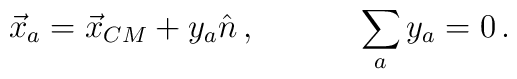
\begin{array}{cc}\vec{x}_{a}=\vec{x}_{CM}+y_{a}\hat{n}\,,~~~~&~~~\displaystyle{\sum_{a}}\,y_{a}=0\,.\end{array}